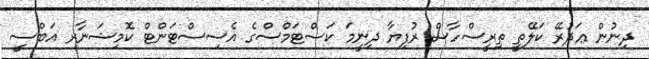
ދިނުން ޢަދުރޭ ކަލޭތީ ތިރީސްހާސް ރުފިޔާ ދިނީމަ ކަސްޓަމްސްގެ އެސިސްޓަންޓް ކޮމިޝަނާރ އަބްސީ